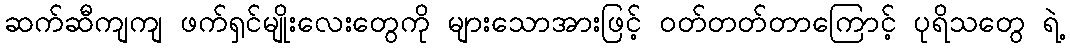
ဆက်ဆီကျကျ ဖက်ရှင်မျိုးလေးတွေကို များသောအားဖြင့် ဝတ်တတ်တာကြောင့် ပုရိသတွေ ရဲ့